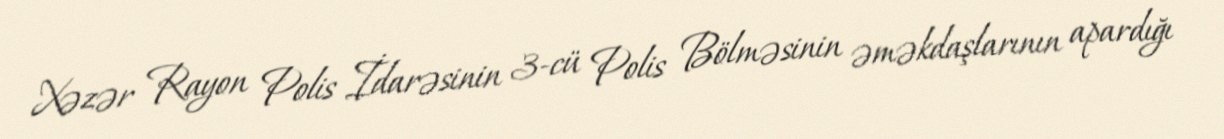
Xəzər Rayon Polis İdarəsinin 3-cü Polis Bölməsinin əməkdaşlarının apardığı